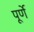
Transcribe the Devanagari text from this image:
पूर्णे